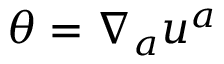
\theta = \nabla _ { a } u ^ { a }